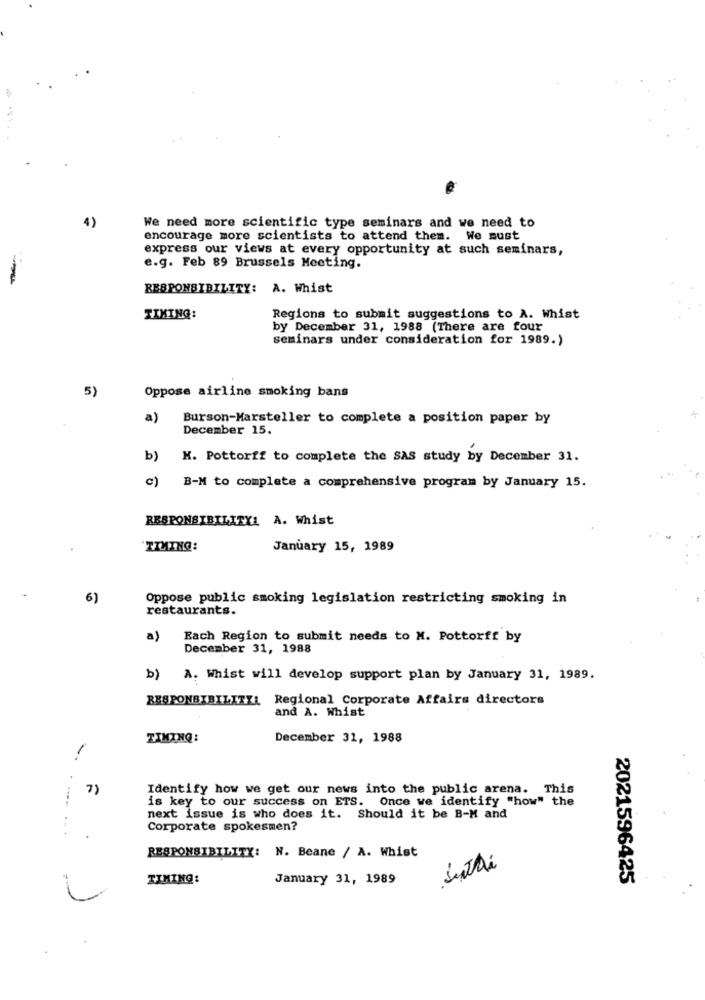
We need more scientific type seminars and we need to
encourage more scientists to attend them. We must
express our views at every opportunity at such seminars,
e.g. Feb 89 Brussels Meeting.
-
RESPONSIBILITY: A. Whist
TIMING:
Regions to submit suggestions to A. Whist
by December 31, 1988 (There are four
seminars under consideration for 1989.)
Oppose airline smoking bans
5)
a)
Burson-Marsteller to complete a position paper by
December 15.
b)
K. Pottorff to complete the SAS study by December 31.
c)
B-M to complete a comprehensive program by January 15.
RESPONSIBILITY: A. Whist
"TIMING:
January 15, 1989
6)
Oppose public smoking legislation restricting smoking in
restaurants.
a)
Each Region to submit needs to M. Pottorff by
December 31, 1988
b) A. Whist will develop support plan by January 31, 1989.
RESPONSIBILITY: Regional Corporate Affairs directors
and A. Whist
TIMING:
December 31, 1988
7)
Identify how we get our news into the public arena. This
is key to our success on ETS. Once we identify "how" the
next issue is who does it. Should it be B-M and
Corporate spokesmen?
RESPONSIBILITY: N. Beane / A. Whist
Suthi
TIMING:
January 31, 1989
2021596425